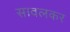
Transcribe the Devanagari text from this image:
सावलकर